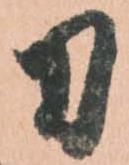
刀